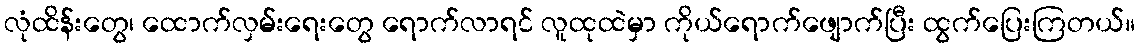
လုံထိန်းတွေ၊ ထောက်လှမ်းရေးတွေ ရောက်လာရင် လူထုထဲမှာ ကိုယ်ရောက်ဖျောက်ပြီး ထွက်ပြေးကြတယ်။